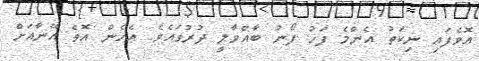
އޮވެފައި ނިކަތު އެންމެ ފަހު ފޯނު ބާއްވާލީ ދުރުގައެވެ. އެހެން އޮވެ އޭނާއަށް